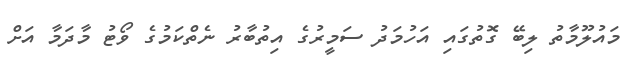
މައުލޫމާތު ލިބޭ ގޮތުގައި އަހުމަދު ސަމީރުގެ އިތުބާރު ނެތްކަމުގެ ވޯޓު މާދަމާ އަށް